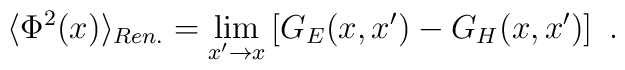
\langle\Phi^2(x)\rangle_{Ren.}=\lim_{x'\to x}\left[G_E(x,x')-G_H(x,x')\right] \ .